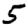
Digit: 5